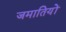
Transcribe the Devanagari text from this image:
जमातियों